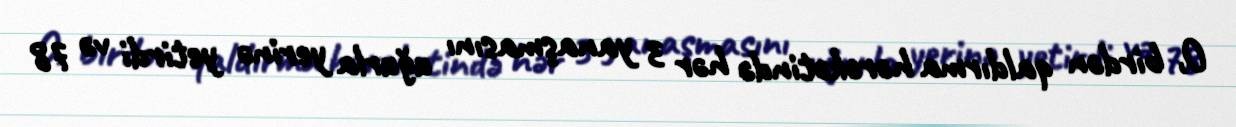
O, birdən qaldırma hərəkətində hər 3 yanaşmasını uğurla yerinə yetirdi və 78